Problem: 42 + 48 = ?
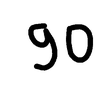
Handwritten answer: 90